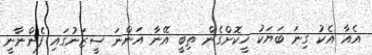
އެއާ އެކު ގިނަ ބަޔަކު ހީކޮށްގެން ތިބީ އޭނާ އަންނަ ސީޒަނުގައި ފެންނާނީ